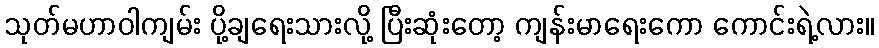
သုတ်မဟာဝါကျမ်း ပို့ချရေးသားလို့ ပြီးဆုံးတော့ ကျန်းမာရေးကော ကောင်းရဲ့လား။